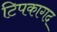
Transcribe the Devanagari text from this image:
टिपकागद